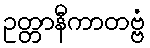
ဥတ္တာနီကာတဗ္ဗံ